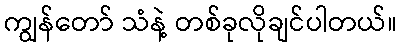
ကျွန်တော် သံနဲ့ တစ်ခုလိုချင်ပါတယ်။